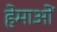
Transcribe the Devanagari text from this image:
हेमाओं